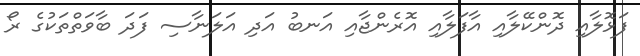
ފަޅޮލާއި ދޮންކޭލާއި އާފަލާއި އޮރެންޖާއި އަނބު އަދި އަލަނާސި ފަދަ ބާވަތްތަކުގެ ރޯ